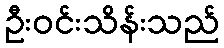
ဦးဝင်းသိန်းသည်